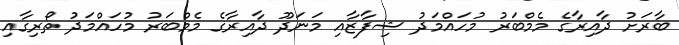
ބާރަށު ދާއިރާގެ މެމްބަރު މުހައްމަދު ޝިފާޒާއި މަނަދޫ ދާއިރާގެ މެމްބަރު މުހައްމަދު ތޯރިގާއި